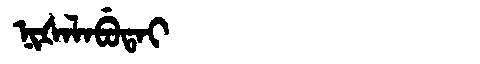
Manchu: ᠨᡳᡧᠠᠯᠠᠪᡠᡨᠠᡳ
Romanization: NIŠALABUTAI